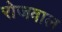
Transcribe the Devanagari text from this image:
रोजवाल